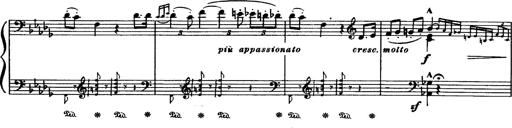
Title: Paraphrase de concert sur Rigoletto
Composer: Franz Liszt